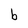
Character: b